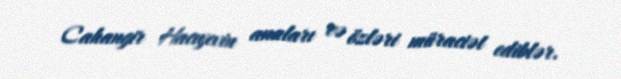
Cahangir Hacıyevin anaları və özləri müraciət ediblər.